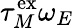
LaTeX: \tau_{M}^{\mathrm{ex}}\omega_{E}